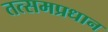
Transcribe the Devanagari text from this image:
तत्समप्रधान